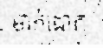
មាក់ដោក